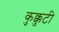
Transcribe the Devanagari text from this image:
कुक्कुटी